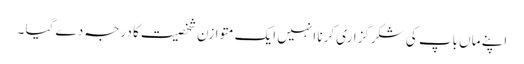
اپنے ماں باپ کی شکرگزاری کرنا انہیں ایک متوازن شخصیت کا درجہ دے گیا ۔